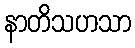
နာတိသဟသာ